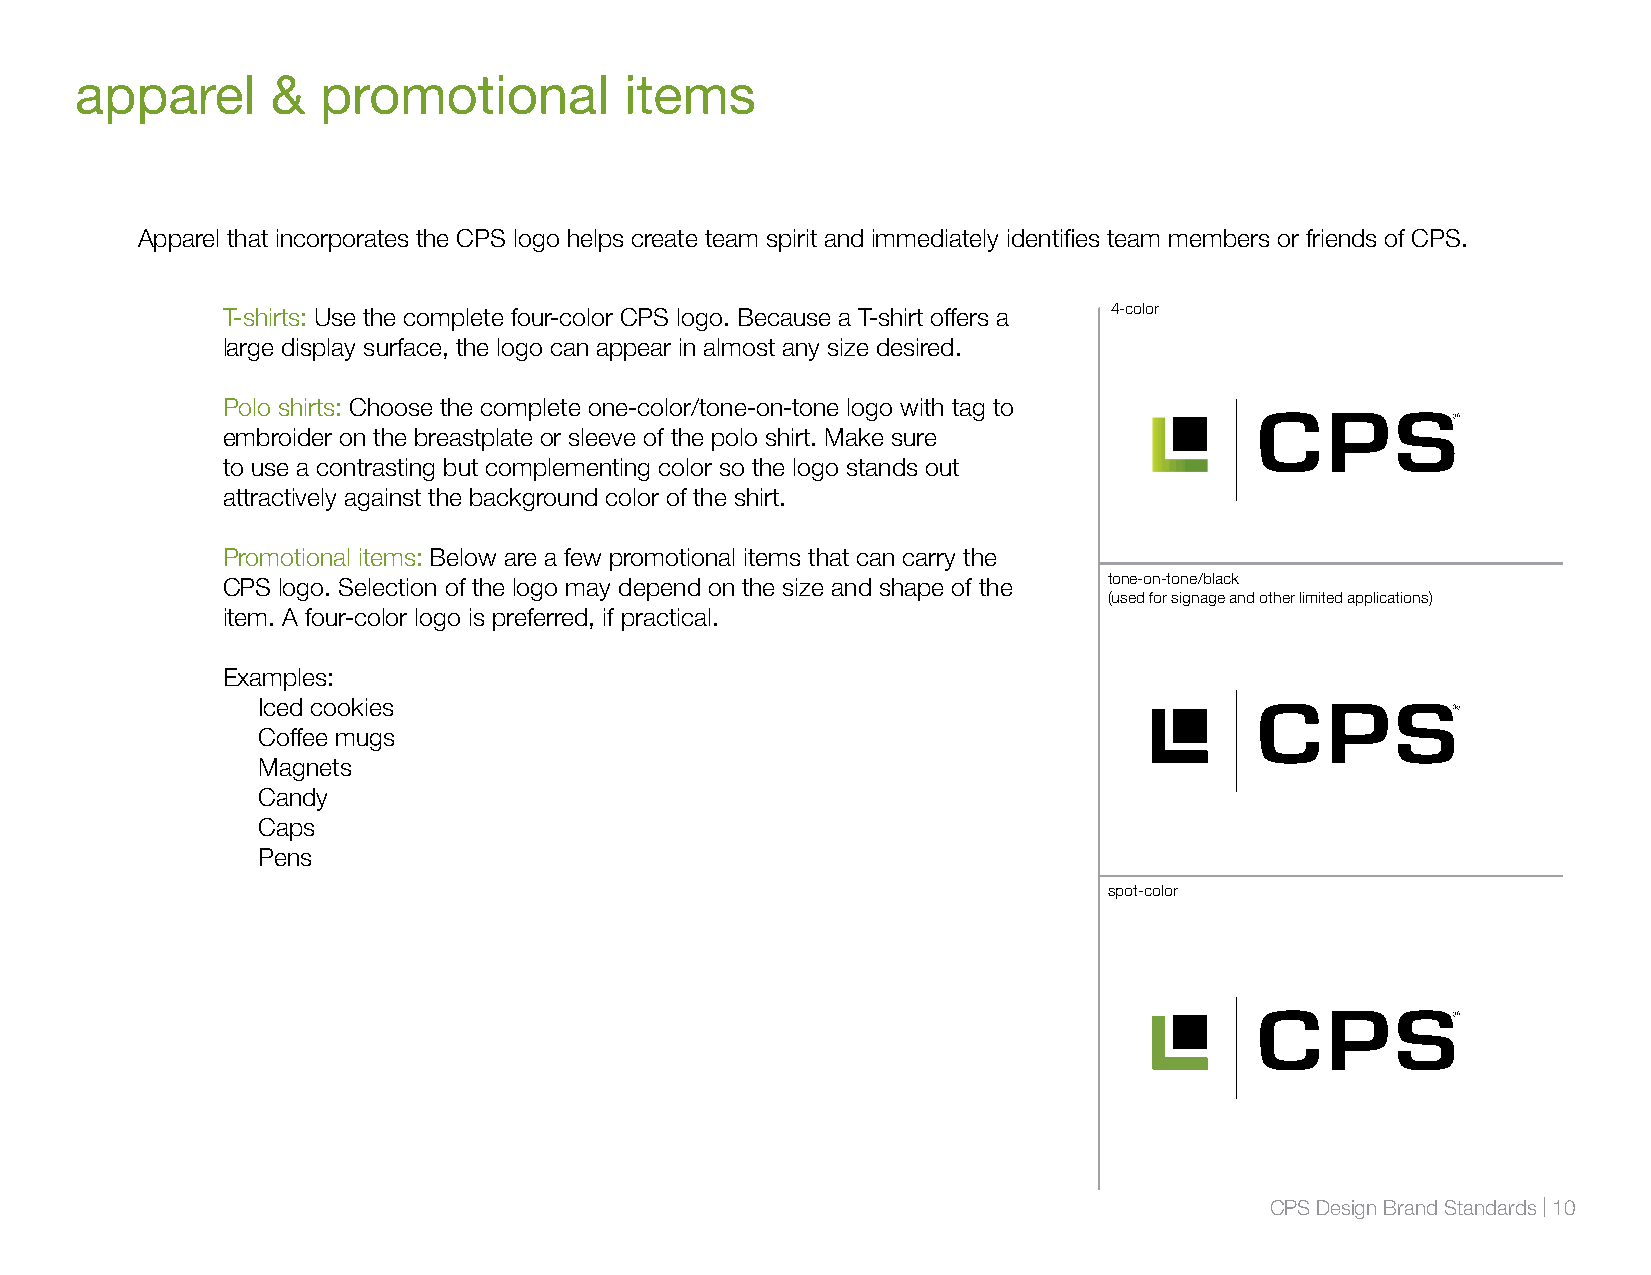
apparel      &  promotional         items
 Apparel that incorporates the CPS logo helps create team spirit and immediately identifies team members or friends of CPS.
 T-shirts: Use the complete four-color CPS logo. Because a T-shirt offers a 4-color
 large display surface, the logo can appear in almost any size desired.
 Polo shirts: Choose the complete one-color/tone-on-tone logo with tag to
 embroider on the breastplate or sleeve of the polo shirt. Make sure
 to use a contrasting but complementing color so the logo stands out
 attractively against the background color of the shirt.
 Promotional items: Below are a few promotional items that can carry the
 CPS logo. Selection of the logo may depend on the size and shape of the tone-on-tone/black
 (used for signage and other limited applications)
 item. A four-color logo is preferred, if practical.
 Examples:
 Iced cookies
 Coffee mugs
 Magnets
 Candy
 Caps
 Pens
 spot-color
 CPS Design Brand Standards | 10